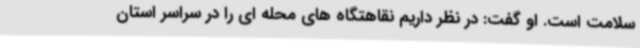
سلامت است. او گفت: در نظر داریم نقاهتگاه های محله ای را در سراسر استان